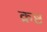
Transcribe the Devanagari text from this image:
क्रष्ट